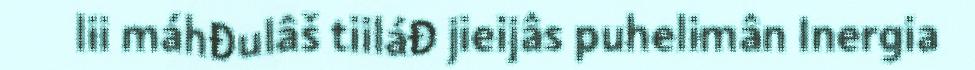
lii máhđulâš tiiláđ jieijâs puhelimân Inergia